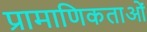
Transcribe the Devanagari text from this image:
प्रामाणिकताओं